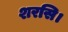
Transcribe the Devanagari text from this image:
शरसि।